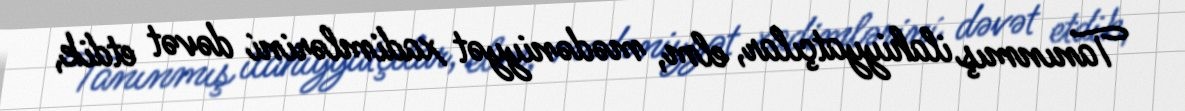
Tanınmış ilahiyyatçılar, elm, mədəniyyət xadimlərini dəvət etdik,